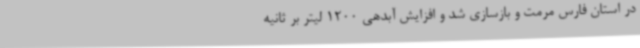
در استان فارس مرمت و بازسازی شد و افزایش آبدهی 1200 لیتر بر ثانیه